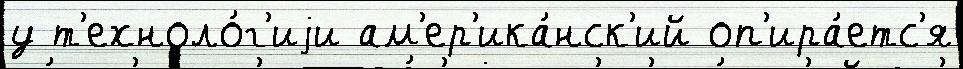
у т'ехноло́г'иjи ам'ер'ика́нск'ий оп'ира́етс'я